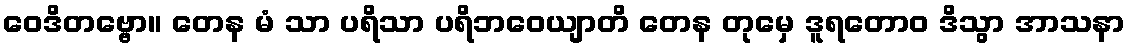
ဝေဒိတဗ္ဗော။ တေန မံ သာ ပရိသာ ပရိဘဝေယျာတိ တေန တုမှေ ဒူရတောဝ ဒိသွာ အာသနာ